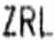
ZRL